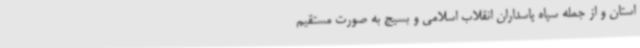
استان و از جمله سپاه پاسداران انقلاب اسلامی و بسیج به صورت مستقیم